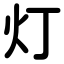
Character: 灯